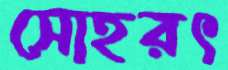
সোহরৎ